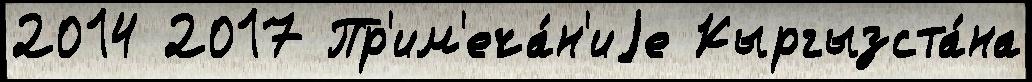
2014 2017 Пр'им'еча́н'иjе Кыргызста́на